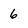
Character: 6